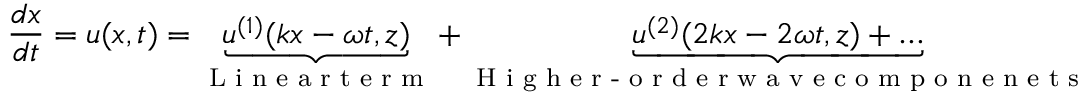
\frac { d \boldsymbol { x } } { d t } = \boldsymbol { u } ( \boldsymbol { x } , t ) = \underbrace { \boldsymbol { u } ^ { ( 1 ) } ( k x - \omega t , z ) } _ { \textnormal { L i n e a r t e r m } } + \underbrace { \boldsymbol { u } ^ { ( 2 ) } ( 2 k x - 2 \omega t , z ) + \ldots } _ { \textnormal { H i g h e r - o r d e r w a v e c o m p o n e n e t s } }